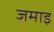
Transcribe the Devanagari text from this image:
जमाइ